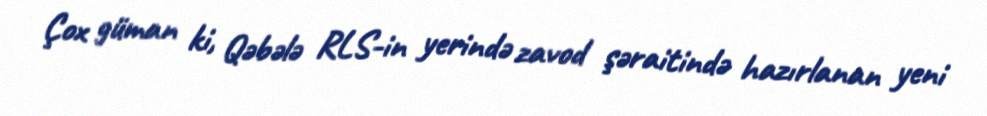
Çox güman ki, Qəbələ RLS-in yerində zavod şəraitində hazırlanan yeni